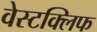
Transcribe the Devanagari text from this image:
वेस्टक्लिफ